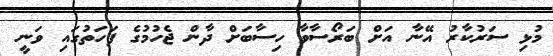
މުޅި ސަރުކާރު އޭނާ އަށް ބަރޯސާވާ ހިސާބަށް ދާން ޖެހުމުގެ ފަހަތުގައި ވަނީ